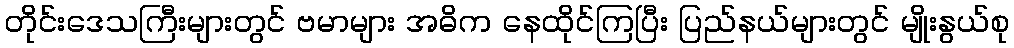
တိုင်းဒေသကြီးများတွင် ဗမာများ အဓိက နေထိုင်ကြပြီး ပြည်နယ်များတွင် မျိုးနွယ်စု